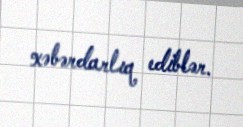
xəbərdarlıq ediblər.